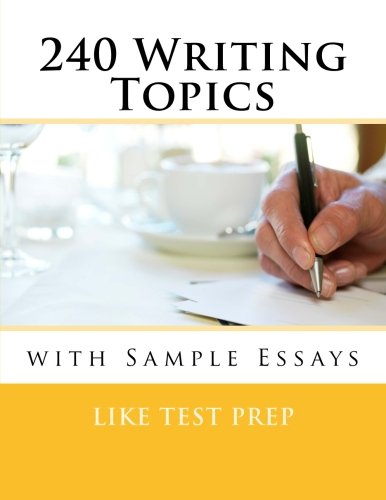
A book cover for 240 Writing Topics: with Sample Essays (120 Writing Topics); LIKE Test Prep; Test Preparation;